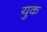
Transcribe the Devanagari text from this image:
युक